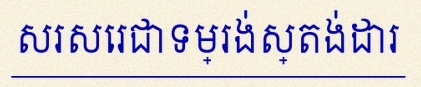
សរសេរជាទម្រង់ស្តង់ដារ